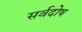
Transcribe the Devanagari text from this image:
सर्वदोष